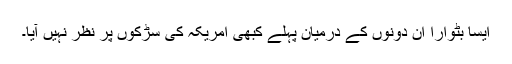
ایسا بٹوارا ان دونوں کے درمیان پہلے کبھی امریکہ کی سڑکوں پر نظر نہیں آیا۔